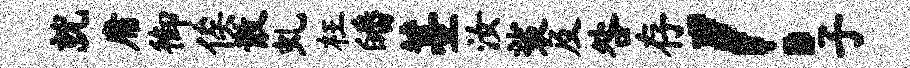
就庸御俟散虬枉皤薹汝裟及咎存！子